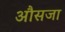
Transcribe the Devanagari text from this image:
औसजा